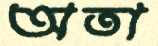
অতা